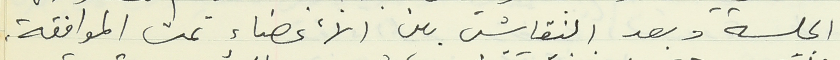
الجلسة وبعد النقاش بين الأعضاء تمت الموافقة